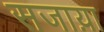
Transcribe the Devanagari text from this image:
सजाय़ा